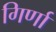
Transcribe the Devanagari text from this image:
गिर्णा